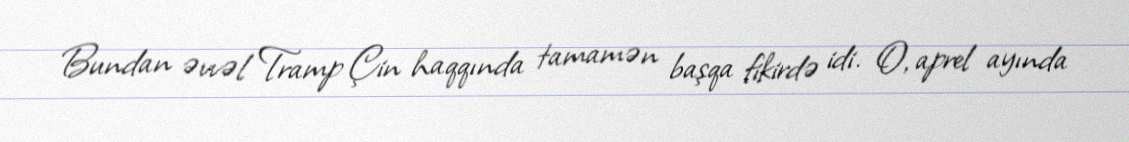
Bundan əvvəl Tramp Çin haqqında tamamən başqa fikirdə idi. O, aprel ayında